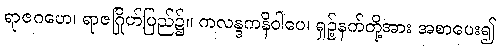
ရာဇဂဟေ၊ ရာဇဂြိုဟ်ပြည်၌။ ကလန္ဒကနိဝါပေ၊ ရှဉ့်နက်တို့အား အစာပေး၍